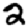
Digit: 2